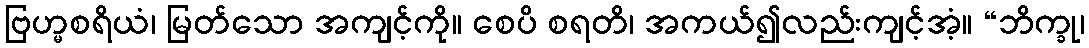
ဗြဟ္မစရိယံ၊ မြတ်သော အကျင့်ကို။ စေပိ စရတိ၊ အကယ်၍လည်းကျင့်အံ့။ “ဘိက္ခု၊